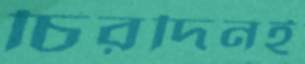
চিরদিনই